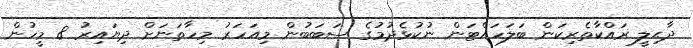
ދާޙިލީ ރައްކާތެރިކަން ބަލަހައްޓަން ނުކުޅެދުމުގެ ސަބަބުން މިއަހަރު މިހާތަނަށް ދިޔައިރު 8 މީހުން